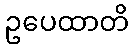
ဥပေထာတိ